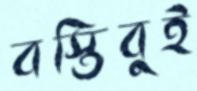
বস্তিবুই